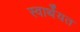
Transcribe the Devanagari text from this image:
स्वार्थेयत